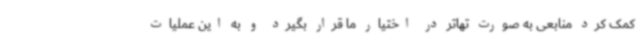
کمک کرد منابعی به صورت تهاتر در اختیار ما قرار بگیرد و به این عملیات